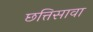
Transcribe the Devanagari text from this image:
छत्तिसावा